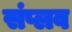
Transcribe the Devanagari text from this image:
संप्लव